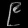
Digit: ၉